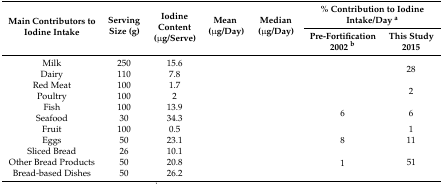
<table><thead><tr><td rowspan="2"><b>Main Contributors to Iodine Intake</b></td><td rowspan="2"><b>Serving Size (g)</b></td><td rowspan="2"><b>Iodine Content (μg/Serve)</b></td><td rowspan="2"><b>Mean (μg/Day)</b></td><td rowspan="2"><b>Median (μg/Day)</b></td><td colspan="2"><b>% Contribution to Iodine Intake/Day <sup>a</sup></b></td></tr><tr><td><b>Pre-Fortification 2002 <sup>b</sup></b></td><td><b>This Study 2015</b></td></tr></thead><tbody><tr><td>Milk</td><td>250</td><td>15.6</td><td>[EMPTY_CELL]</td><td>[EMPTY_CELL]</td><td rowspan="2">[EMPTY_CELL]</td><td rowspan="2">28</td></tr><tr><td>Dairy</td><td>110</td><td>7.8</td><td>[EMPTY_CELL]</td><td>[EMPTY_CELL]</td></tr><tr><td>Red Meat</td><td>100</td><td>1.7</td><td>[EMPTY_CELL]</td><td>[EMPTY_CELL]</td><td rowspan="2">[EMPTY_CELL]</td><td rowspan="2">2</td></tr><tr><td>Poultry</td><td>100</td><td>2</td><td>[EMPTY_CELL]</td><td>[EMPTY_CELL]</td></tr><tr><td>Fish</td><td>100</td><td>13.9</td><td>[EMPTY_CELL]</td><td>[EMPTY_CELL]</td><td rowspan="2">6</td><td rowspan="2">6</td></tr><tr><td>Seafood</td><td>30</td><td>34.3</td><td>[EMPTY_CELL]</td><td>[EMPTY_CELL]</td></tr><tr><td>Fruit</td><td>100</td><td>0.5</td><td>[EMPTY_CELL]</td><td>[EMPTY_CELL]</td><td>[EMPTY_CELL]</td><td>1</td></tr><tr><td>Eggs</td><td>50</td><td>23.1</td><td>[EMPTY_CELL]</td><td>[EMPTY_CELL]</td><td>8</td><td>11</td></tr><tr><td>Sliced Bread</td><td>26</td><td>10.1</td><td>[EMPTY_CELL]</td><td>[EMPTY_CELL]</td><td rowspan="3">1</td><td rowspan="3">51</td></tr><tr><td>Other Bread Products</td><td>50</td><td>20.8</td><td>[EMPTY_CELL]</td><td>[EMPTY_CELL]</td></tr><tr><td>Bread-based Dishes</td><td>50</td><td>26.2</td><td>[EMPTY_CELL]</td><td>[EMPTY_CELL]</td></tr></tbody></table>